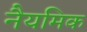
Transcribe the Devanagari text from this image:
नैयमिक